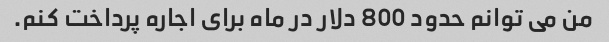
من می توانم حدود 800 دلار در ماه برای اجاره پرداخت کنم.